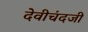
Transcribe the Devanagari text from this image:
देवीचंदजी